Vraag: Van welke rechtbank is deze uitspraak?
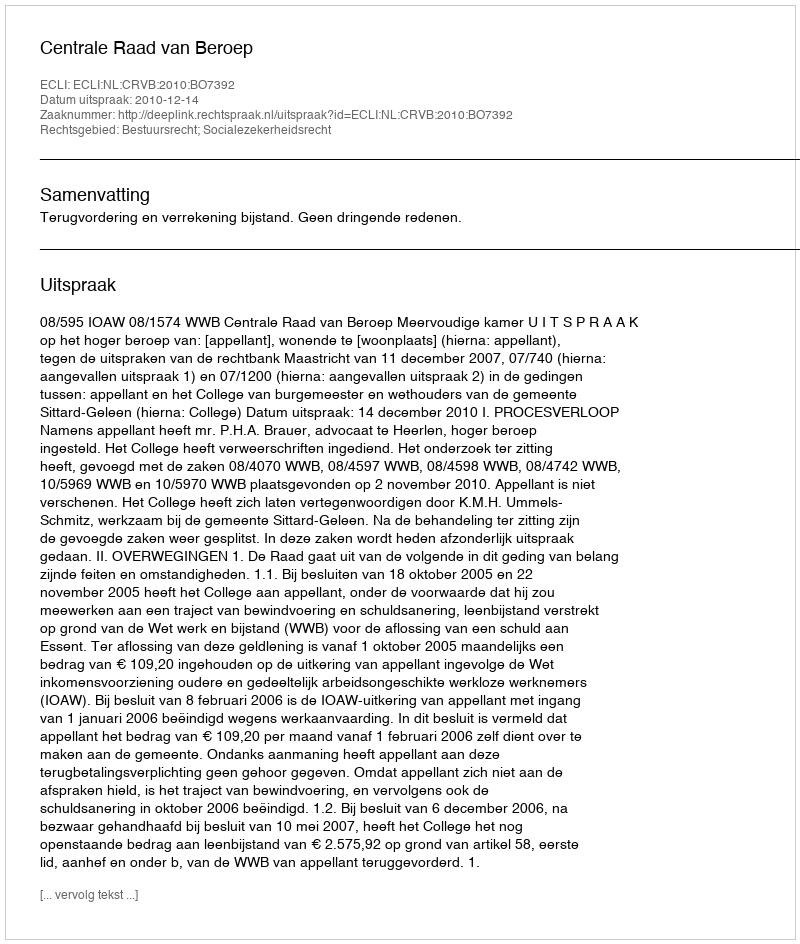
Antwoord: Centrale Raad van Beroep